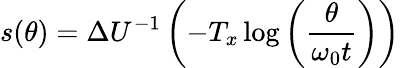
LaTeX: s(\theta)=\Delta U^{-1}\left(-T_{x}\log\left(\frac{\theta}{\omega_{0}t}\right)\right)